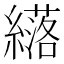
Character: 𫄈